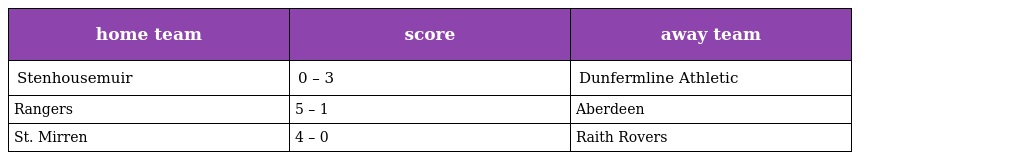
| home team | score | away team |
 | --- | --- | --- |
 | Stenhousemuir | 0 – 3 | Dunfermline Athletic |
 | Rangers | 5 – 1 | Aberdeen |
 | St. Mirren | 4 – 0 | Raith Rovers |